Sanitation, dispensaries and jails vaccination Rajputana 1922-1927 - 1922-1927
Year: 1922
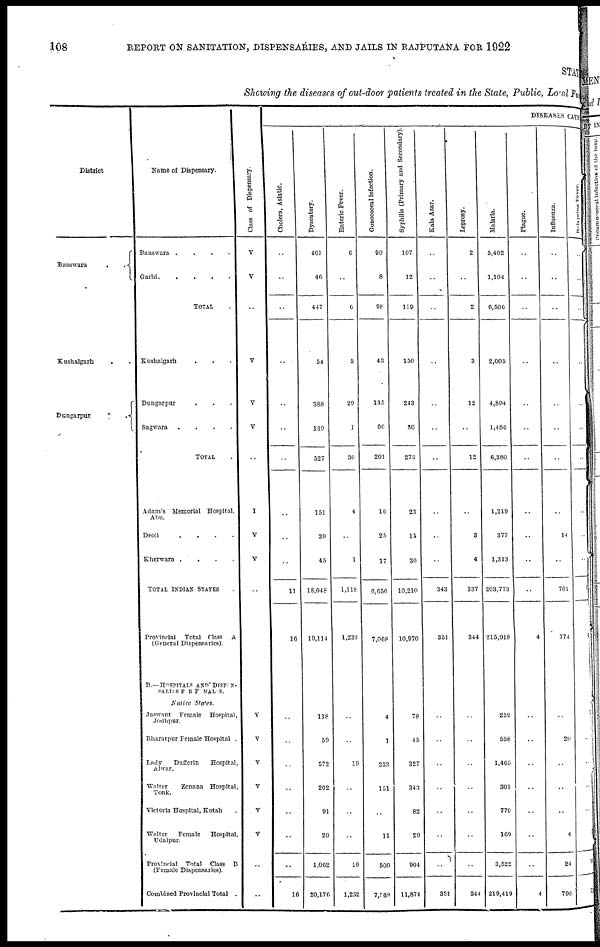
108
REPORT ON SANITATION, DISPENSARIES, AND JAILS IN RAJPUTANA FOR 1922
STAT
Showing the diseases of out-door patients treated in the State, Public, Local Fund
District
Banswara..
Kushalgarh..
Dungarpur..
Name of Dispensary.
Banswara....
Garhi.....
TOTAL.
Kushalgarh...
Dungarpur...
Sagwara....
TOTAL.
Adam's Memorial Hospital,
Abu.
Deoli....
Kherwara....
TOTAL INDIAN STATES.
Provincial Total Class A
(General Dispensaries).
B.—HOSPITALS AND DISPEN¬
SARIES FOR FEMALES.
Native States.
Jaswant Female Hospital,
Jodhpur.
Bharatpur Female Hospital.
Lady
Dufferin
Hospital,
Alwar.
Walter
Zenana Hospital,
Tonk.
Victoria Hospital, Kotah.
Walter
Female
Hospital,
Udaipur.
Provincial Total Class B
(Female Dispensaries).
Combined Provincial Total .
Class of Dispensary.
V
V
..
V
V
V
..
I
V
V
..
V
V
V
V
V
V
..
..
DISEASES CAUSED
Cholera, Asiatic.
..
..
..
..
..
..
..
..
..
..
11
16
..
..
..
..
..
..
..
16
Dysentery.
401
46
447
54
388
139
527
151
39
45
18,048
19,114
118
59
572
202
91
20
1,062
20,176
Enteric Fever.
6
..
6
5
29
1
30
4
..
1
1,118
1,233
..
..
19
..
..
..
19
1,252
Gonococcal Infection.
90
8
98
43
135
66
201
16
25
17
6,656
7,068
4
1
333
151
..
11
500
7,568
Syphilis (Primary and Secondary).
107
12
119
150
243
30
273
23
15
30
10,210
10,970
78
45
327
343
82
29
904
11,874
Kala Azar.
..
..
..
..
..
..
..
..
..
..
343
351
..
..
..
..
..
..
..
351
Leprosy.
2
..
2
3
12
..
12
..
3
4
337
344
..
..
..
..
..
..
..
344
Malaria.
5,402
1,104
6,506
2,005
4,894
1,486
6,380
1,219
377
1,313
203,773
215,918
259
558
1,465
301
770
169
3,522
219,419
Plague.
..
..
..
..
..
..
..
..
..
..
..
4
..
..
..
..
..
..
..
4
Influenza.
..
..
..
..
..
..
..
..
14
..
701
774
..
20
..
..
..
4
24
798
Relapsing Fever.
..
..
..
..
..
..
..
..
..
..
3
3
7
..
..
..
..
3
10
75